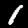
Digit: 1